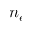
n _ { e }